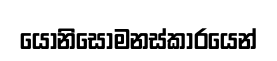
යොනිසෝමනස්කාරයෙන්